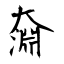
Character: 奫